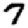
Digit: 7